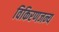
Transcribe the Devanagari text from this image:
विकिरणजन्य